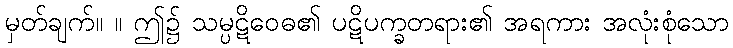
မှတ်ချက်။ ။ ဤ၌ သမ္ပဋိဝေဓ၏ ပဋိပက္ခတရား၏ အရကား အလုံးစုံသော